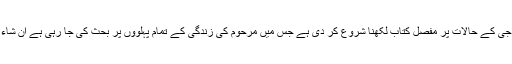
بابا جی کے حالات پر مفصل کتاب لکھنا شروع کر دی ہے جس میں مرحوم کی زندگی کے تمام پہلووں پر بحث کی جا رہی ہے ان شاء اللہ۔